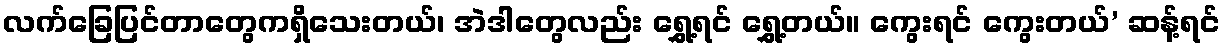
လက်ခြေပြင်တာတွေကရှိသေးတယ်၊ အဲဒါတွေလည်း ရွှေ့ရင် ရွှေ့တယ်။ ကွေးရင် ကွေးတယ်’ ဆန့်ရင်